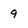
Character: 9